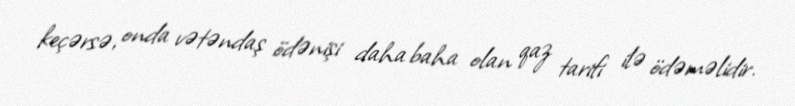
keçərsə, onda vətəndaş ödənişi daha baha olan qaz tarifi ilə ödəməlidir.